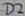
Text: D2